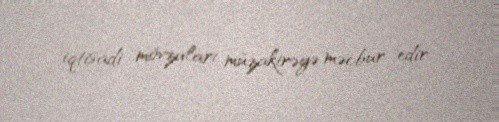
iqtisadi mövzuları müzakirəyə məcbur edir.